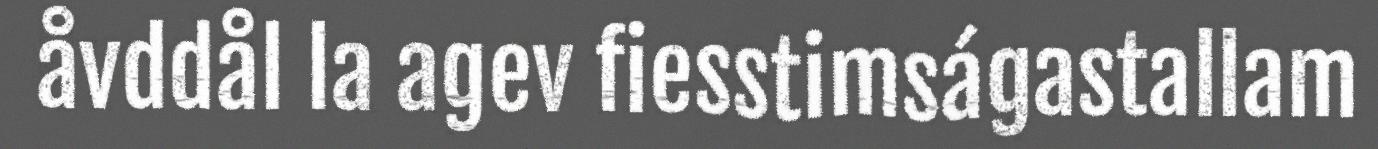
åvddål la agev fiesstimságastallam